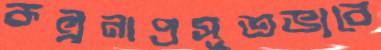
কল্পনাপ্রসূতভাবে